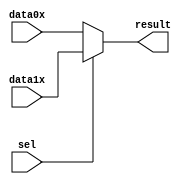
module multiplexor (
	data0x,
	data1x,
	sel,
	result);

	input [3:0] data0x;
	input [3:0] data1x;
	input sel;
	output[3:0] result;

	assign result = sel ? data1x : data0x;

endmodule